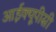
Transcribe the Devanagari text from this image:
आईक्यूपीसी